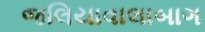
જલિયાવાલાબાગ